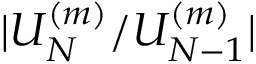
| U _ { N } ^ { ( m ) } / U _ { N - 1 } ^ { ( m ) } |